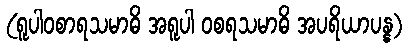
(ရူပါဝစာရသမာဓိ အရူပါ ဝစရသမာဓိ အပရိယာပန္န)